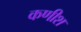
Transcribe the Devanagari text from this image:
कणीश